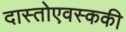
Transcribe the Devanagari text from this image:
दास्तोएवस्ककी